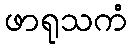
ဖာရုသကံ